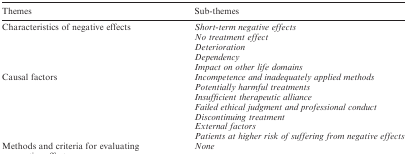
<table><thead><tr><td><b>Themes</b></td><td><b>Sub-themes</b></td></tr></thead><tbody><tr><td>Characteristics of negative effects</td><td><i>Short-term negative effects</i></td></tr><tr><td> </td><td><i>No treatment effect</i></td></tr><tr><td> </td><td><i>Deterioration</i></td></tr><tr><td> </td><td><i>Dependency</i></td></tr><tr><td> </td><td><i>Impact on other life domains</i></td></tr><tr><td>Causal factors</td><td><i>Incompetence and inadequately applied methods</i></td></tr><tr><td> </td><td><i>Potentially harmful treatments</i></td></tr><tr><td> </td><td><i>Insufficient therapeutic alliance</i></td></tr><tr><td> </td><td><i>Failed ethical judgment and professional conduct</i></td></tr><tr><td> </td><td><i>Discontinuing treatment</i></td></tr><tr><td> </td><td><i>External factors</i></td></tr><tr><td> </td><td><i>Patients at higher risk of suffering from negative effects</i></td></tr><tr><td>Methods and criteria for evaluating negative effects</td><td><i>None</i></td></tr></tbody></table>